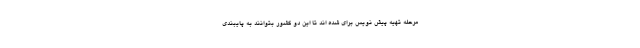
مرحله تهیه پیش نویس برای شده اند تا این دو کشور بتوانند به پایبندی